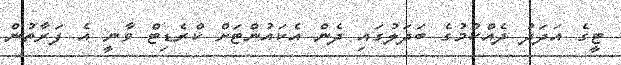
ޓީގެ އަދަދު ދެއްކުމުގެ ބަދަލުގައި ދެން އެކައުންޓަށް ކްރެޑިޓް ވާނީ އެ ފަރާތުން